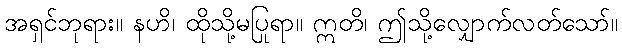
အရှင်ဘုရား။ နဟိ၊ ထိုသို့မပြုရာ။ ဣတိ၊ ဤသို့လျှောက်လတ်သော်။